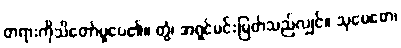
တရားကိုသိတော်မူပေ၏။ တွံ၊ အရှင်မင်းမြတ်သည်လျှင်။ သုမေဓော၊